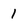
Character: 1